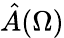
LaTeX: \hat{A}(\Omega)